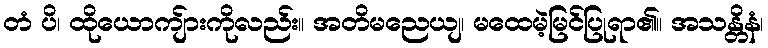
တံ ပိ၊ ထိုယောကျ်ားကိုလည်း။ အတိမညေယျ၊ မထေမဲ့မြင်ပြုရာ၏။ အသန္တိနံ၊